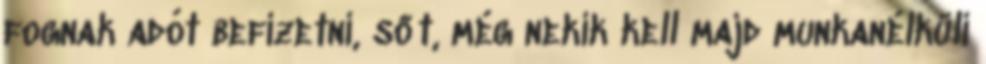
fognak adót befizetni, sőt, még nekik kell majd munkanélküli